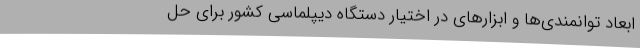
ابعاد توانمندی‌ها و ابزارهای در اختیار دستگاه دیپلماسی کشور برای حل